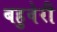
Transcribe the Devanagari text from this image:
बहुवेरी